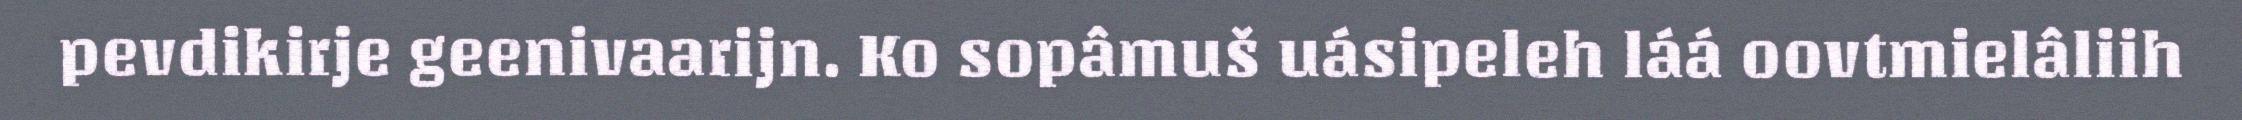
pevdikirje geenivaarijn. Ko sopâmuš uásipeleh láá oovtmielâliih